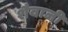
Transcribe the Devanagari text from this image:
शैवाजी